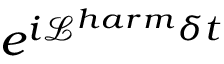
e ^ { i \mathcal { L } ^ { h a r m } \delta t }